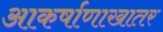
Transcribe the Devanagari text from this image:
आकर्षाणाखातर